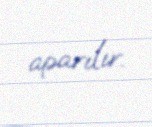
aparılır.